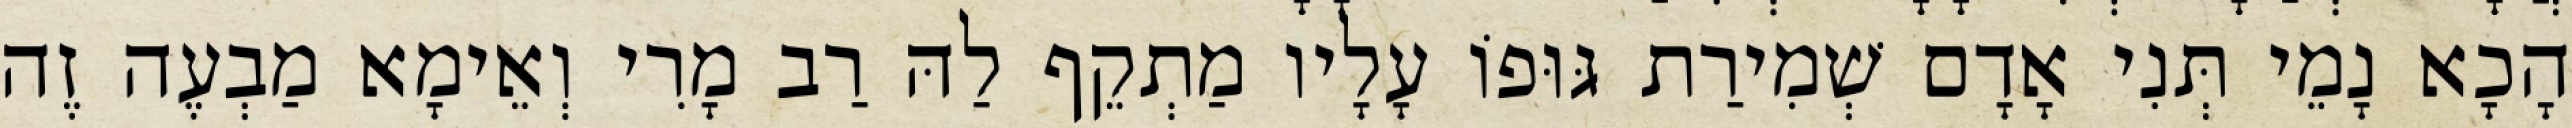
הָכָא נָמֵי תְּנִי אָדָם שְׁמִירַת גּוּפוֹ עָלָיו מַתְקֵף לַהּ רַב מָרִי וְאֵימָא מַבְעֶה זֶה